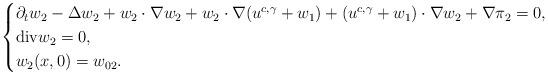
LaTeX: \begin{align*}\begin{cases}\partial_{t}w_{2}-\Delta w_{2}+w_{2}\cdot\nabla w_{2}+w_{2}\cdot\nabla(u^{c,\gamma}+w_{1})+(u^{c,\gamma}+w_{1})\cdot\nabla w_{2}+\nabla \pi_{2}=0,\\\mathrm{div}w_{2}=0,\\w_{2}(x,0)=w_{02}.\end{cases}\end{align*}